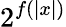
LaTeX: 2^{f(|x|)}